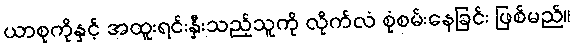
ယာစုကိုနှင့် အထူးရင်းနှီးသည့်သူကို လိုက်လံ စုံစမ်းနေခြင်း ဖြစ်မည်။